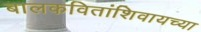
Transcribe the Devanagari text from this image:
बालकवितांशिवायच्या